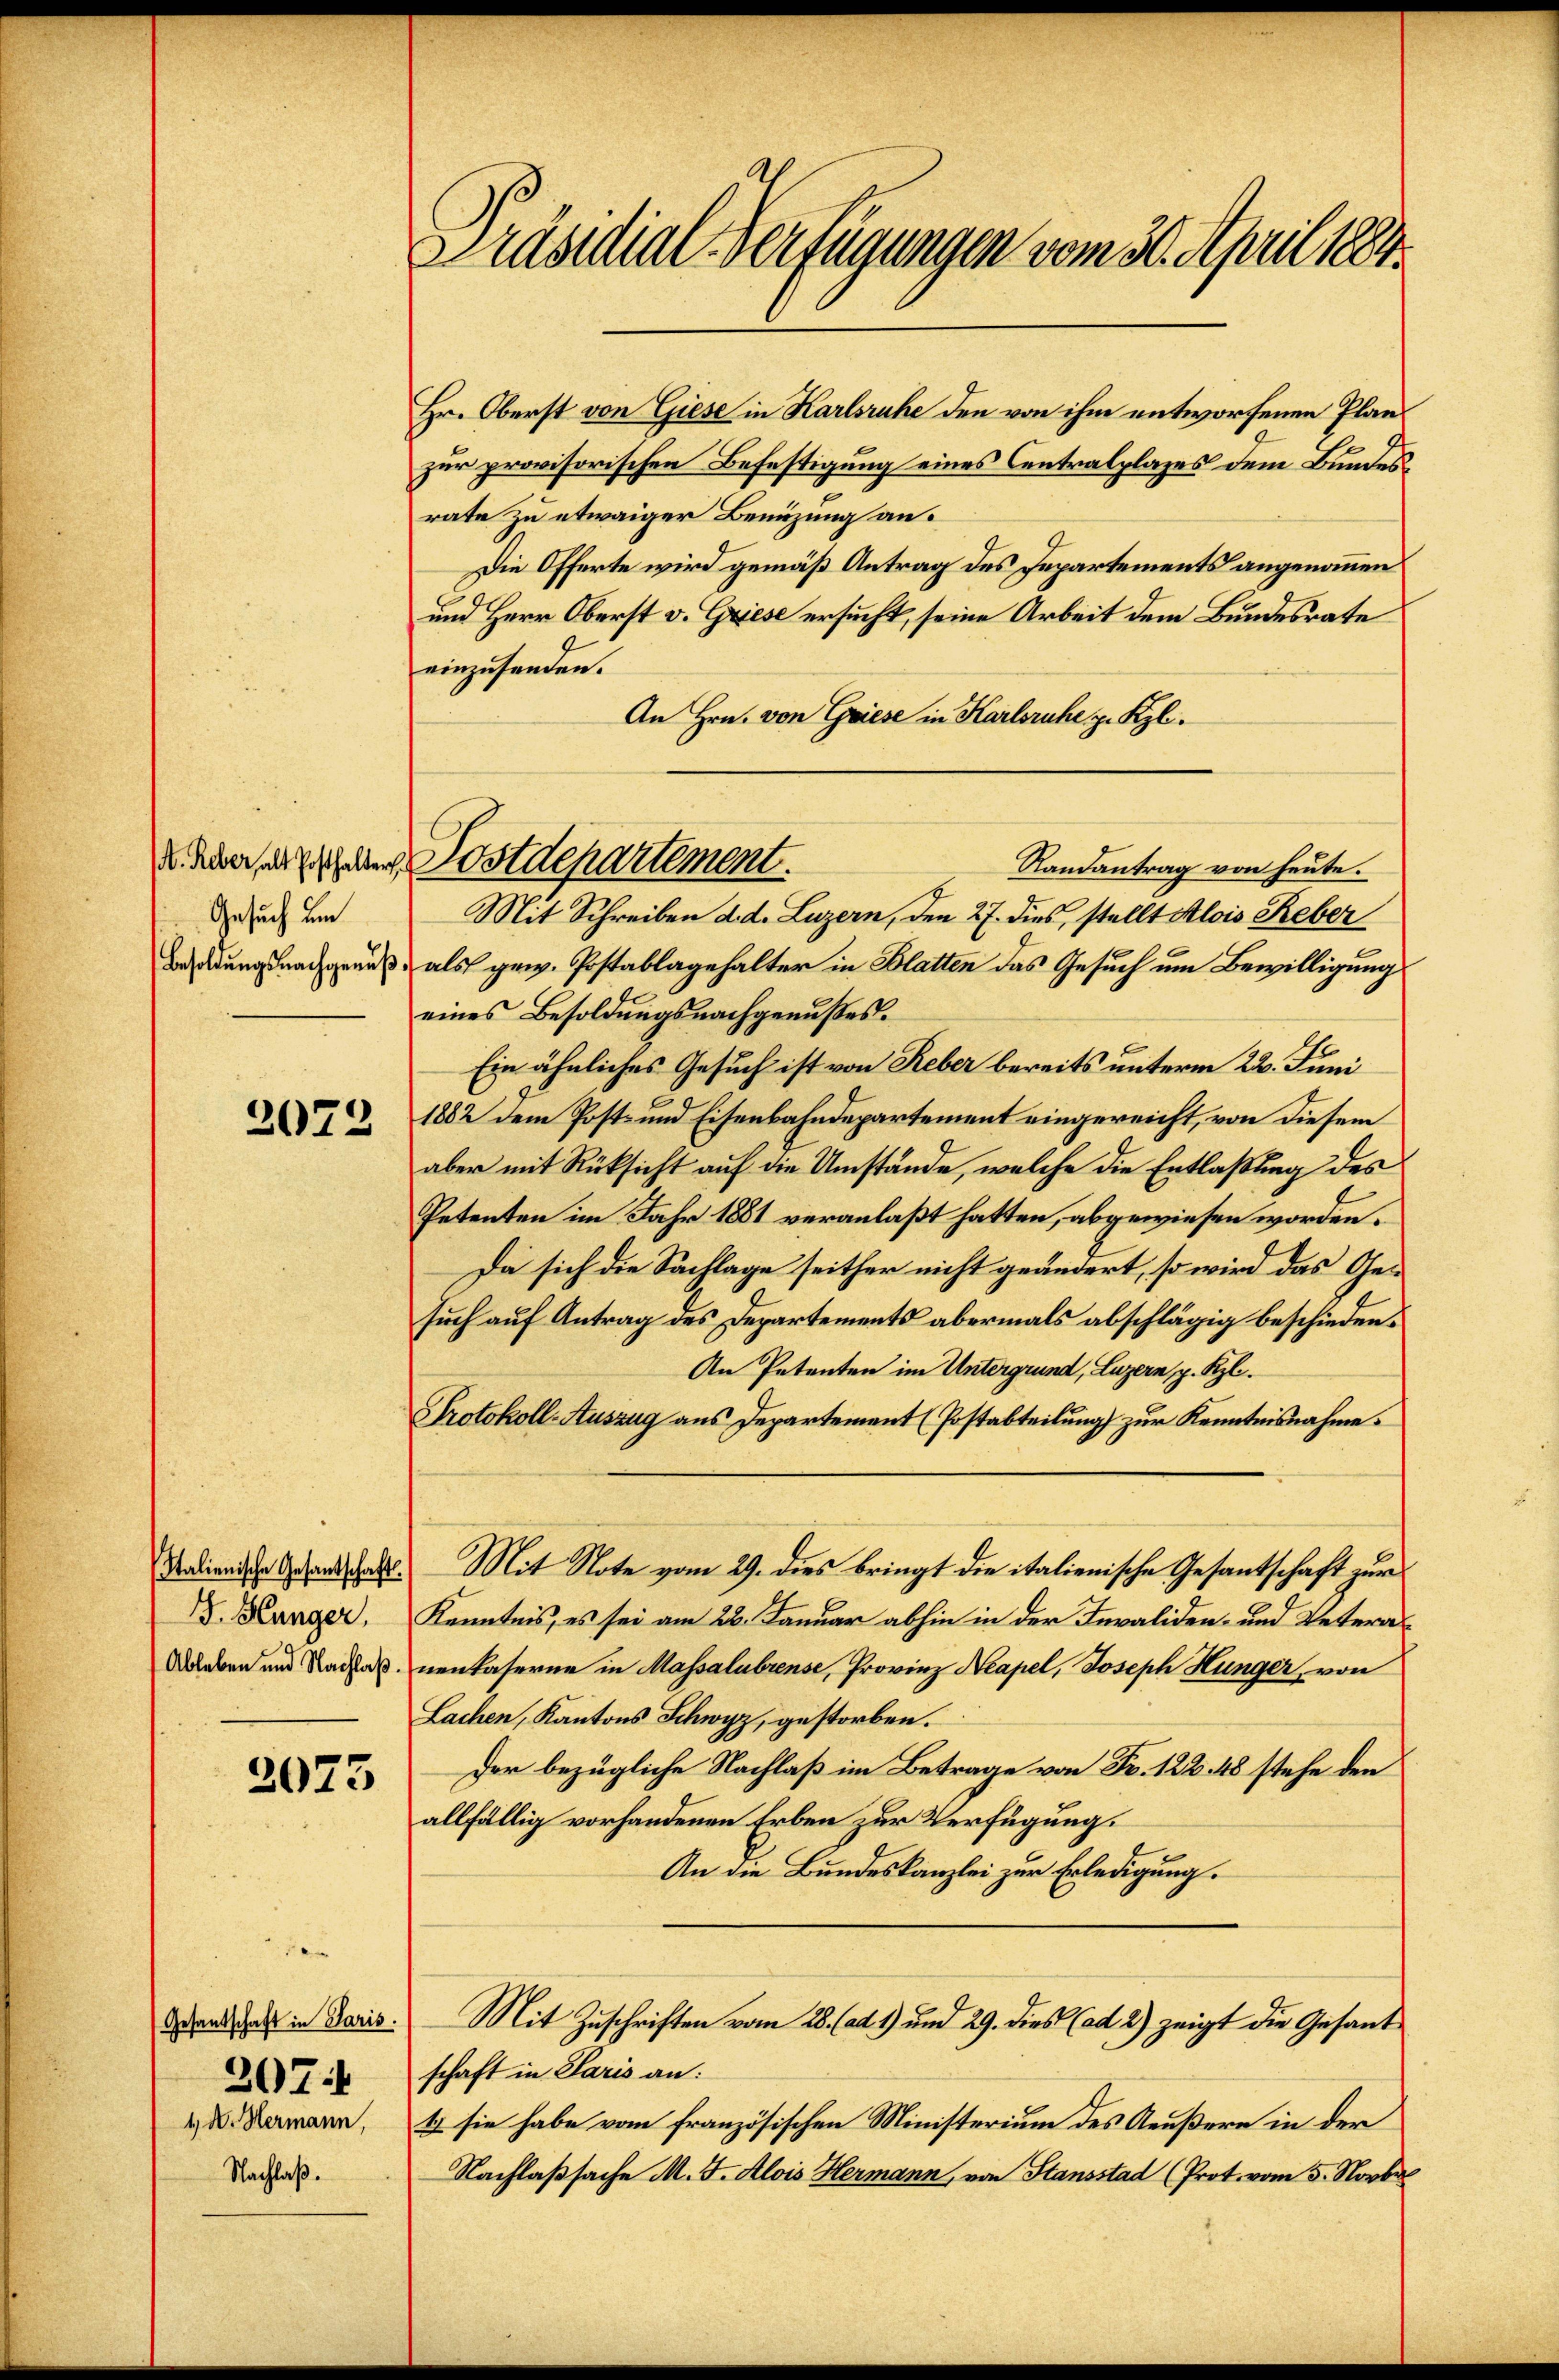
Präsidial-Verfügungen vom 30. April 1884.

Hr. Oberst von Giese in Karlsruhe den von ihm entworfenen Planzur provisorischen Befestigung eines Centralplazes dem Bundesrate zu etwaiger Benuzung an.
Die Offerte wird gemäß Antrag des Departements angenommen
und Herr Oberst v. Griese ersucht, seine Arbeit dem Bundesrate
einzusenden.
An Hrn. von Griese in Karlsruhe z. Kgl.
Randantrag von heute.
Mit Schreiben d. d. Luzern, den 27. dies, stellt Alois Reber
Besoldungsnachgenuß als gew. Postablagehalter in Blatten das Gesuch um Bewilligung
eines Besoldungsnachgenußes.
Ein ähnliches Gesuch ist von Reber bereits unterm 22. Juni
1882 dem Post- und Eisenbahndepartement eingereicht, von diesem
aber mit Rüksicht auf die Umstände, welche die Entlaßung des
Petenten im Jahr 1881 veranlaßt hatten, abgewiesen worden.
Da sich die Sachlage seither nicht geändert, so wird das Gesuch auf Antrag des Departements abermals abschlägig beschieden¬
An Petenten im Untergrund, Luzern, p. Kzl.
Protokoll-Auszug aus Departement (Postabteilung zur Kenntnisnahme.
Nation der Gesandtschaft. Mit Note vom 29. dies bringt die italienische Gesantschaft zur
Kenntnis, es sei am 23. Januar abhin in der Invaliden- und Veteranenkaserne in Massalubrense, Provinz Neapel, Joseph Hunger, von
Lachen, Kantons Schwyz, gestorben.
Der bezügliche Nachlaß im Betrage von Fr. 122. 48 stehe den
allfällig vorhandenen Erben zur Verfügung.
An die Bundeskanzlei zur Erledigung.
Mit Zuschriften vom 28. (ad 1) und 29. dies (ad 2) zeigt die Gesandschaft in Paris an:
E sie habe vom französischen Ministerium des Aeußere in der
Nachlaßsache M. J. Alois Hermann, von Stansstad (Prot. vom 5. Novber

d. Aber Ehelen Postdepartement.

Gesuch um

2073

. Hunger,
Ableben und Nachlaß.

2073

Gesantschaft in Paris.
207
4. d. Hermann,
Nachlaß.